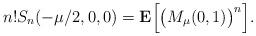
LaTeX: \begin{align*}n! S_n(-\mu/2, 0, 0) = {\bf E}\Bigl[\bigl(M_\mu(0, 1)\bigr)^n\Bigr].\end{align*}